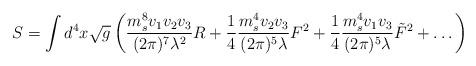
LaTeX: \begin{align*}S = \int d^4 x \sqrt{g} \left( {{m_s^8 v_1 v_2 v_3} \over (2 \pi)^7 \lambda^2} R + {1 \over 4} {{m_s^4 v_2 v_3} \over {(2 \pi)^5 \lambda}} F^2+ {1 \over 4} {{m_s^4 v_1 v_3} \over {(2 \pi)^5 \lambda}} \tilde{F}^2 +\dots \right)\end{align*}